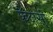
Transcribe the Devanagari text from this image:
फैंटासी